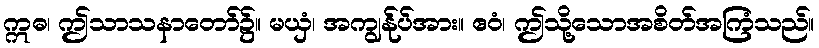
ဣဓ၊ ဤသာသနာတော်၌။ မယှံ၊ အကျွန်ုပ်အား။ ဧဝံ၊ ဤသို့သောအစိတ်အကြံသည်။